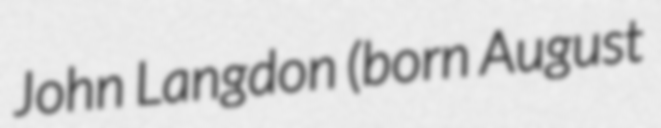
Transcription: John Langdon (born August